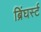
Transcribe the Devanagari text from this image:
ब्रिंघर्स्‍ट